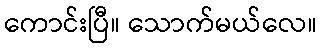
ကောင်းပြီ။ သောက်မယ်လေ။